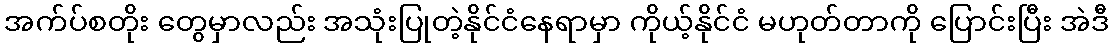
အက်ပ်စတိုး တွေမှာလည်း အသုံးပြုတဲ့နိုင်ငံနေရာမှာ ကိုယ့်နိုင်ငံ မဟုတ်တာကို ပြောင်းပြီး အဲဒီ